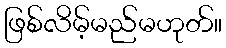
ဖြစ်လိမ့်မည်မဟုတ်။